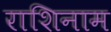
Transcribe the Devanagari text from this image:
राशिनाम